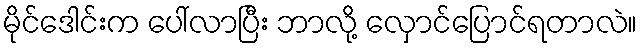
မိုင်ဒေါင်းက ပေါ်လာပြီး ဘာလို့ လှောင်ပြောင်ရတာလဲ။